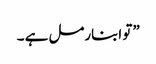
” تو ابنارمل ہے ۔